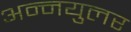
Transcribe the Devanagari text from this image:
अन्नयुलर